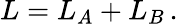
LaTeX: L=L_{A}+L_{B}\, .